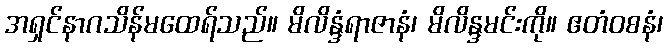
အရှင်နာဂသိန်မထေရ်သည်။ မိလိန္ဒံရာဇာနံ၊ မိလိန္ဒမင်းကို။ ဧတံဝစနံ၊